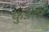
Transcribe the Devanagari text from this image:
कुंडल।